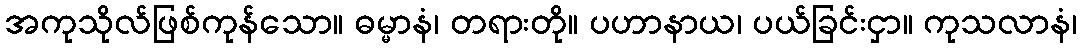
အကုသိုလ်ဖြစ်ကုန်သော။ ဓမ္မာနံ၊ တရားတို။ ပဟာနာယ၊ ပယ်ခြင်းငှာ။ ကုသလာနံ၊